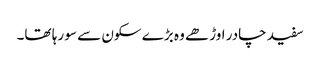
سفید چادر اوڑھے وہ بڑے سکون سے سو رہا تھا۔